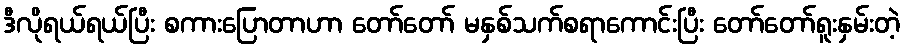
ဒီလိုရယ်ရယ်ပြီး စကားပြောတာဟာ တော်တော် မနှစ်သက်စရာကောင်းပြီး တော်တော်ရူးနှမ်းတဲ့